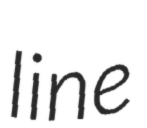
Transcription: line